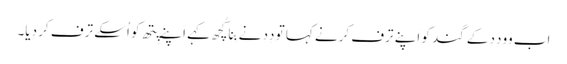
اَب وو دِدِ کے گند کو اَپنے ترف کرنے کہا تو دِدِ نے بِنا کُچھ کہے اَپنے پِتھ کو اُسکے ترف کر دِیا۔